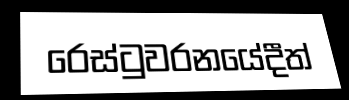
රෙස්ටුවරනයේදීත්